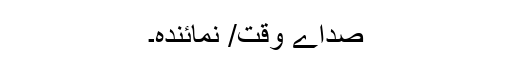
صداِے وقت/ نمائندہ۔